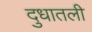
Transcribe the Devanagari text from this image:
दुधातली